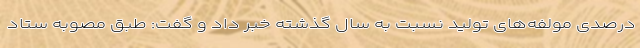
درصدی مولفه‌های تولید نسبت به سال گذشته خبر داد و گفت: طبق مصوبه ستاد